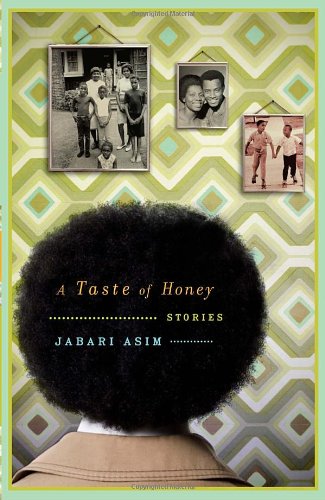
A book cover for A Taste of Honey: Stories; Jabari Asim; Literature & Fiction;